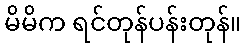
မိမိက ရင်တုန်ပန်းတုန်။